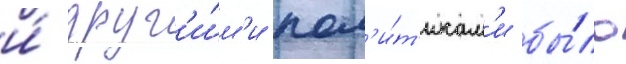
и́ друг'и́м'и пол'и́т'икам'и бы́ло